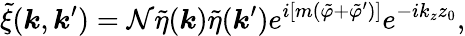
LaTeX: \tilde{\xi}(\boldsymbol{k},\boldsymbol{k}^{\prime})=\mathcal{N}\tilde{\eta}(\boldsymbol{k})\tilde{\eta}(\boldsymbol{k}^{\prime})e^{i[m(\tilde{\varphi}+\tilde{\varphi}^{\prime})]}e^{-ik_{z}z_{0}},